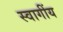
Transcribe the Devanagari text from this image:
स्वागींय